Voisiku_vallavalitsus, lk 255
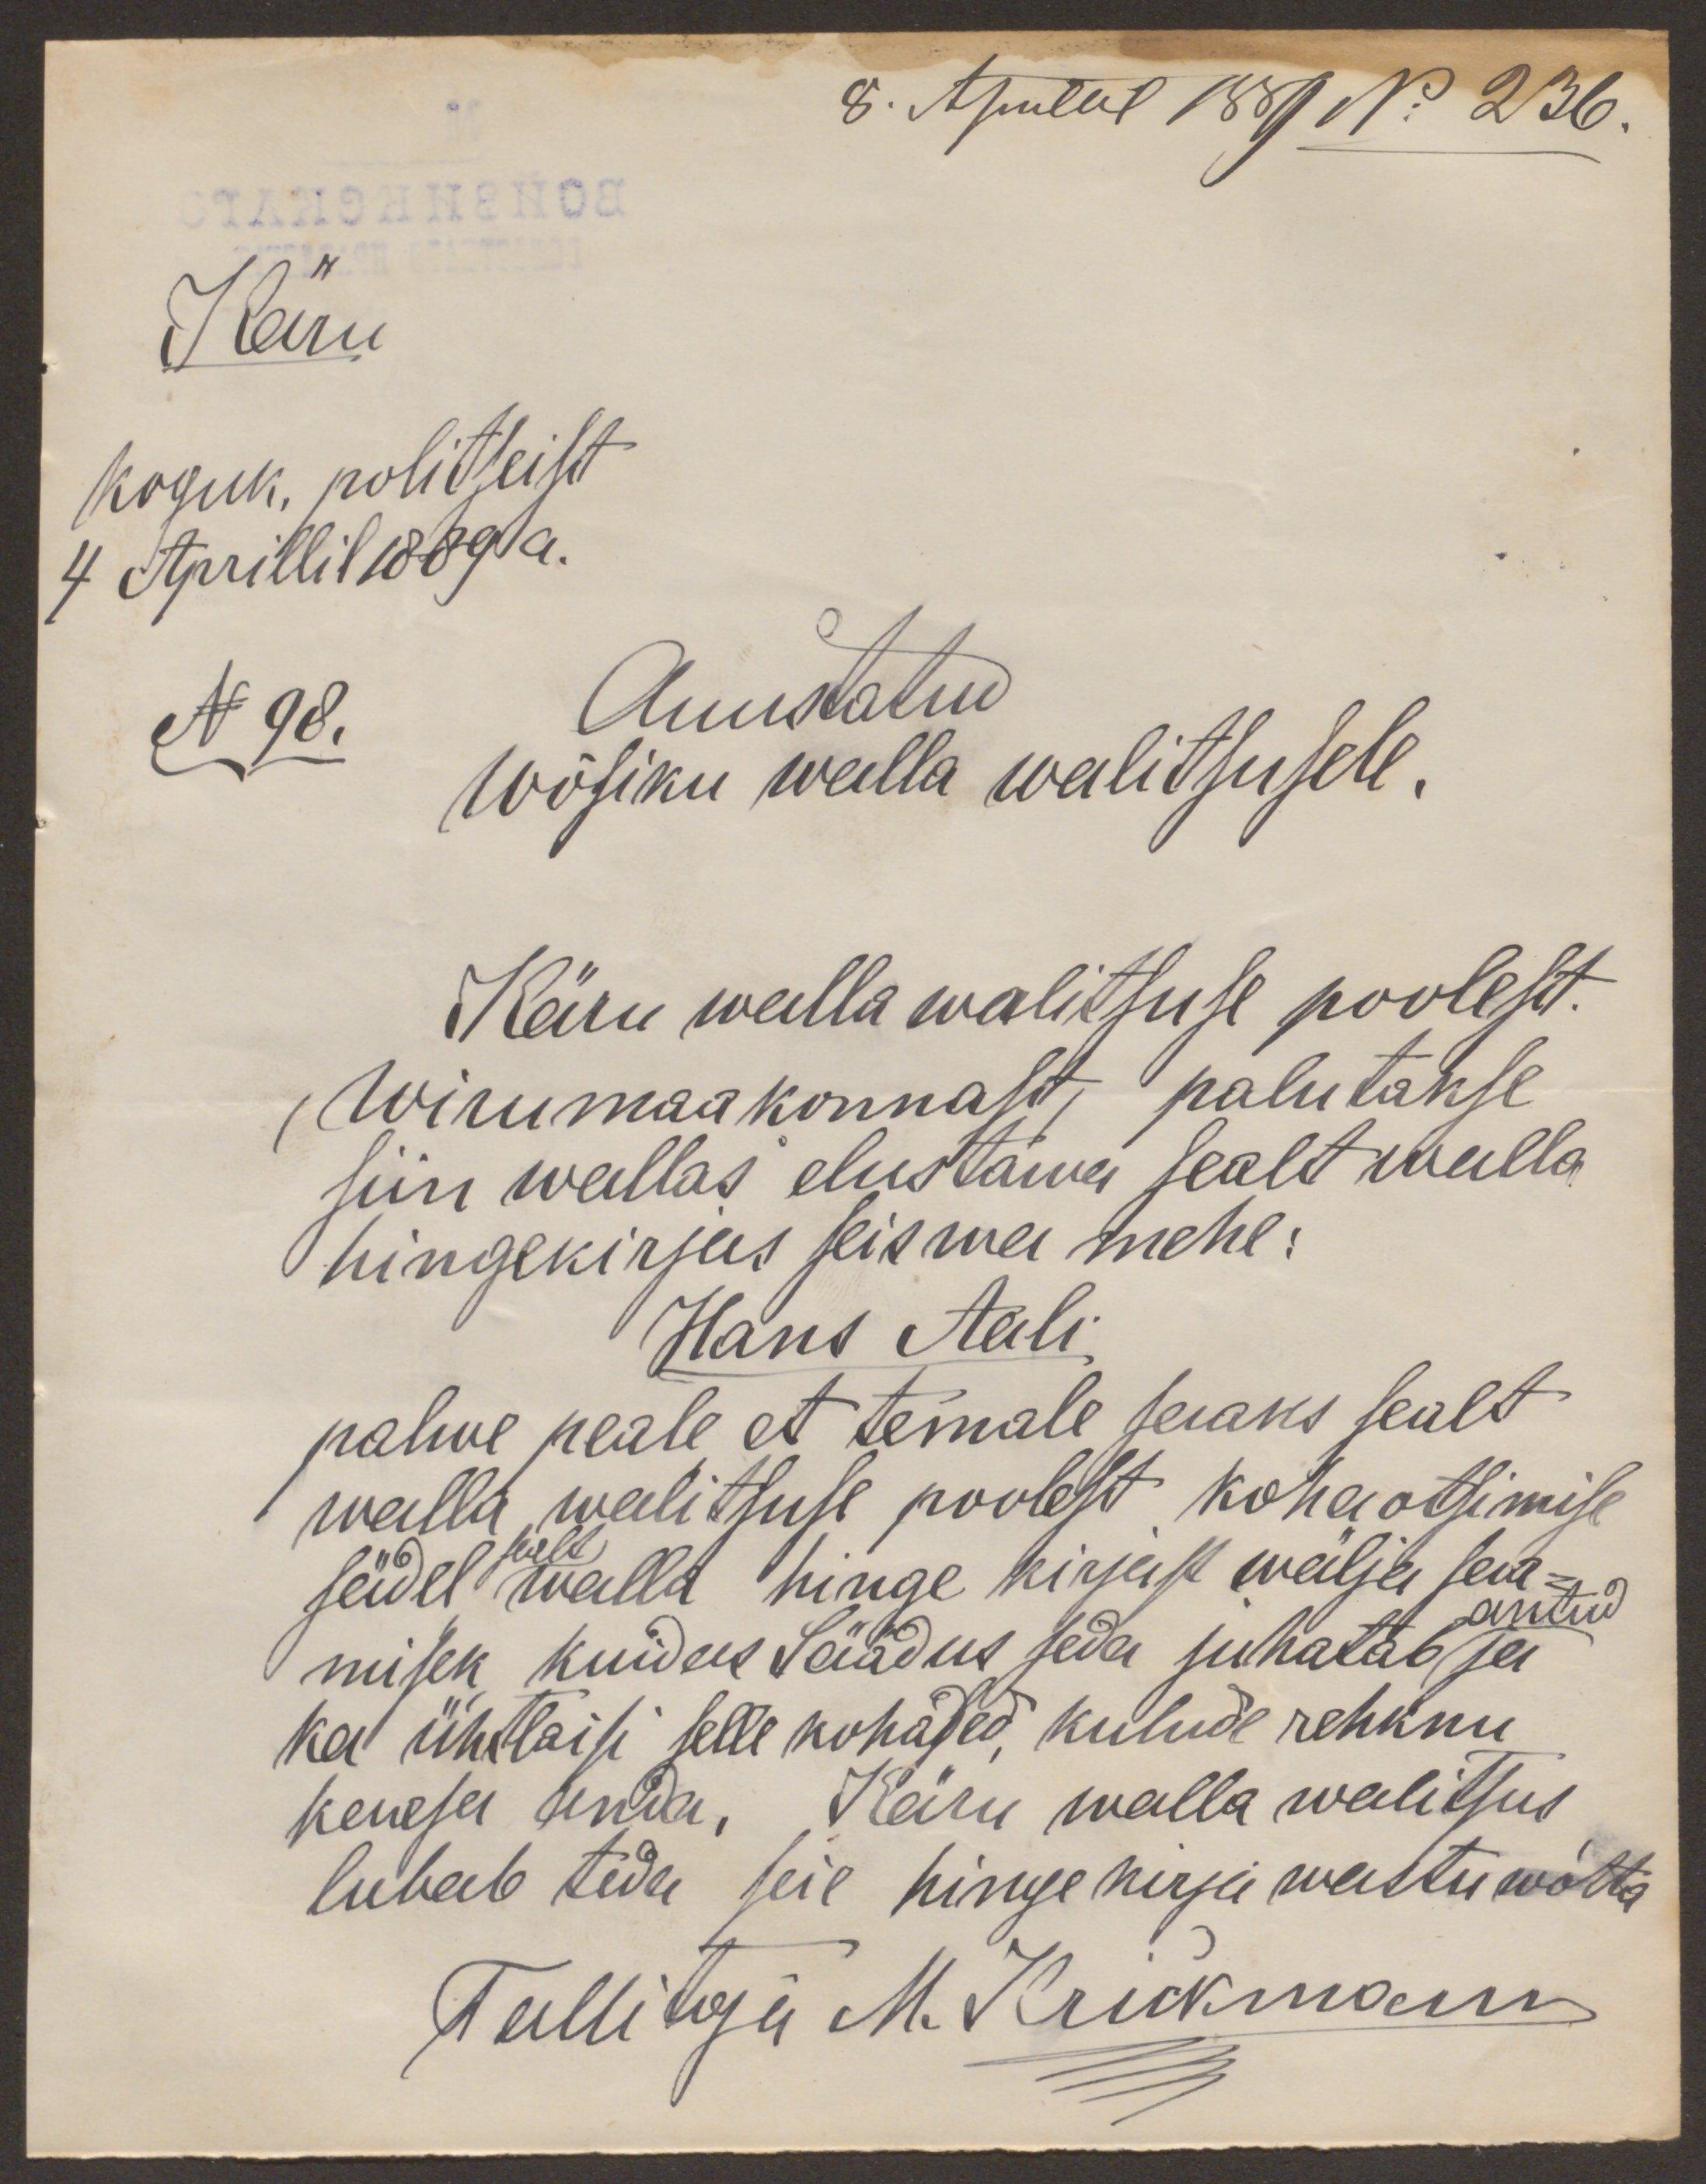
8. Aprilil 1889 No 236.
Käru
koguk. politseist
4 Aprillil 1889 a.
N 98.
Auustatud
Wõsiku walla walitsusele.
Käru walla walitsuse poolest.
Wirumaakonnast, palutakse
siin wallas elustawa sealt walla
hingekirjus seisma mehe:
Hans Aali
palwe peale et temale saaks sealt
walla walitsuse poolest kohaotsimise
sädel walla hinge kirjast wäilja saa-
sealt
antud
misek kuidas Säädus seda juhatab ja
ka ühtlaisi selle kohased, kulude rehknu
kenesa anda. Käru walla walitsus
lubab teda seie hinge kirja wastu wõtta.
Tallitaja M. Krickmann